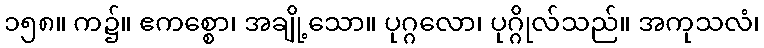
၁၅၈။ က၌။ ဧကစ္စော၊ အချို့သော။ ပုဂ္ဂလော၊ ပုဂ္ဂိုလ်သည်။ အကုသလံ၊